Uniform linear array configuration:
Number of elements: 12
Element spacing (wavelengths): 1
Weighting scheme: hamming
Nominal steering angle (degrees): -15
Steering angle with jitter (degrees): -15.158
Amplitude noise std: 0.05
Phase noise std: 0.05

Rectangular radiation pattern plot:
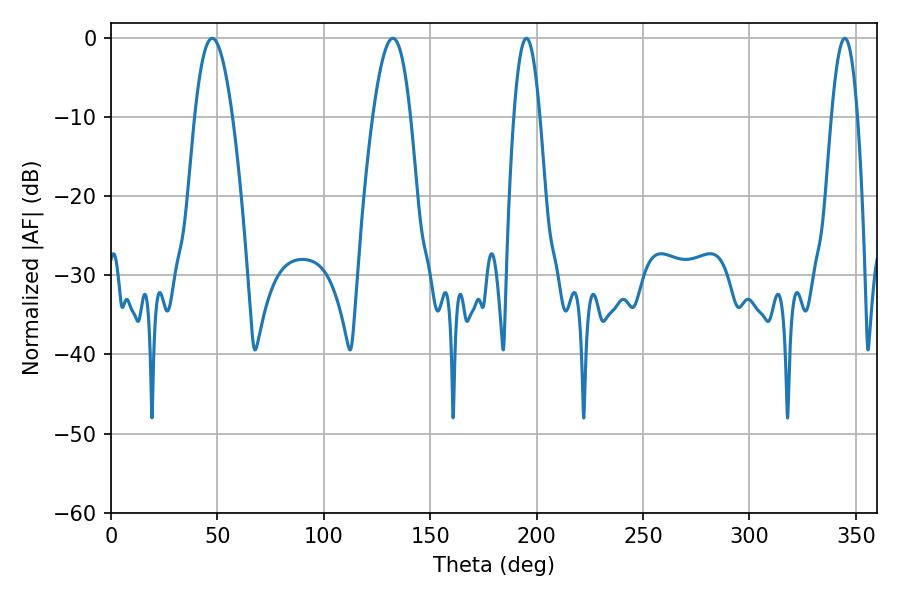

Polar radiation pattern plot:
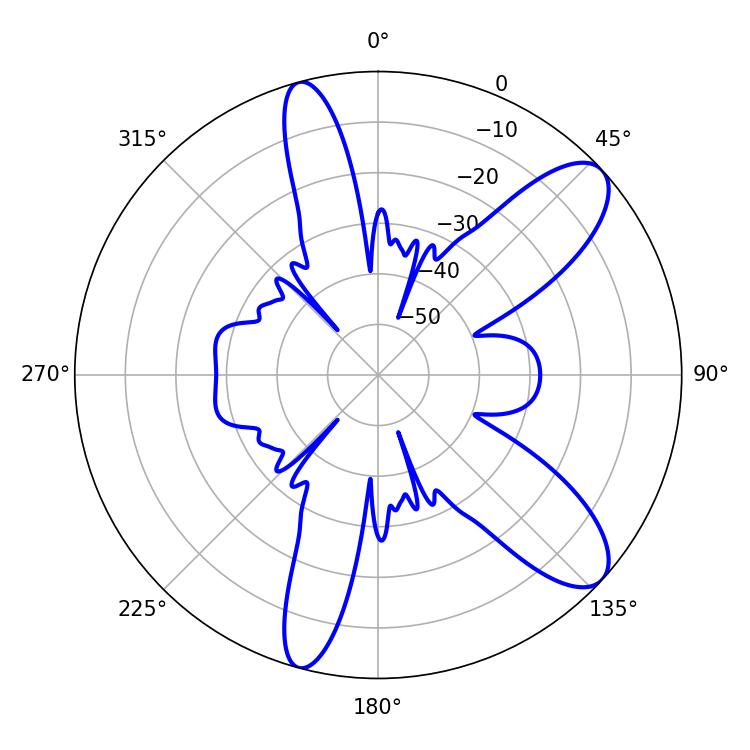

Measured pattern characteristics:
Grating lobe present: TRUE
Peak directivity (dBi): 9.931
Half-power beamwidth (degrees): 9.72
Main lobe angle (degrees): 47.52